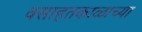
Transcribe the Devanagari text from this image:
वसाहतकाळाच्या